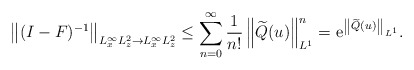
\begin{align*}\left\|(I-F)^{-1}\right\|_{L_x^{\infty} L_z^2\rightarrow L_x^{\infty} L_z^2} \leq \sum_{n=0}^{\infty}\frac{1}{n!}\left\|\widetilde{Q}(u)\right\|_{L^1}^n=\mathrm{e}^{\left\|\widetilde{Q}(u)\right\|_{L^1}}.\end{align*}